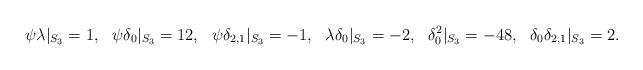
LaTeX: \begin{align*}\psi\lambda |_{S_3} &= 1, & \psi\delta_0 |_{S_3} &= 12, & \psi\delta_{2,1} |_{S_3} &= -1, & \lambda\delta_0 |_{S_3} &= -2, & \delta_0^2 |_{S_3} &= -48, & \delta_0\delta_{2,1} |_{S_3} &=2.\end{align*}